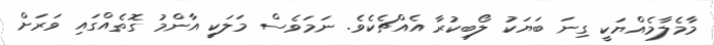
މާމެލާމެއްޔަކީ ގިނަ ބަޔަކު ލޯބިކުރާ އެއްޗެކެވެ. ނަމަވެސް މަލަކީ އާންމު ގޮތެއްގައި ވަަރަށް